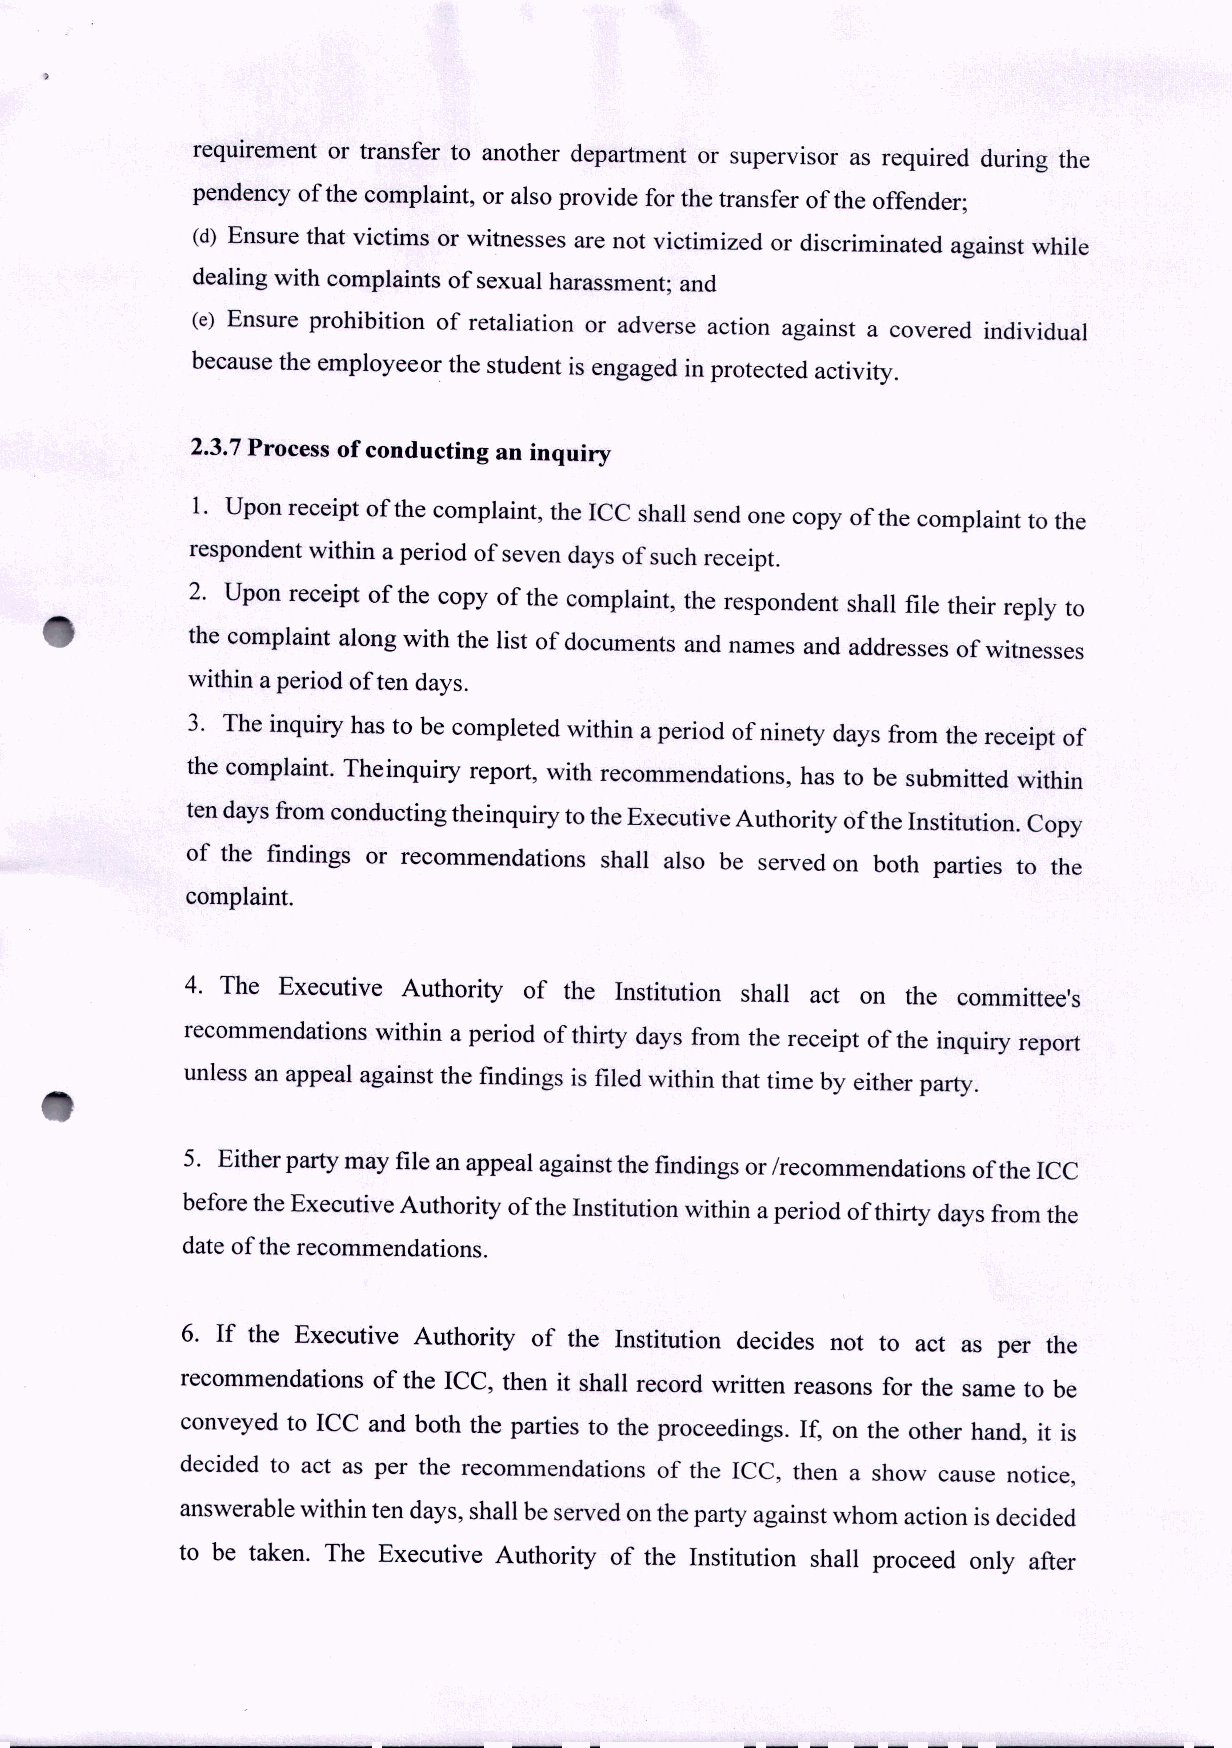
requirement or transfer to another department or supervisor as required during the
 pendency of the complaint, or also provide for the transfer of the offender;
 (d) Ensure that victims or witnesses are not victimized or discriminated against while
 dealing with complaints of sexual harassment; and
 (e) Ensure prohibition of retaliation or adverse action against a covered individual
 because the employeeor the student is engaged in protected activity.
 2.3.7 Process of conducting an inquiry
 1. Upon receipt of the complaint, the ICC shall send one copy of the complaint to the
 respondent within aperiod of seven days of such receipt.
 2. Upon receipt of the copy of the complaint, the respondent shall file their reply to
 the complaint along with the list of documents and names and addresses of witnesses
 within aperiod often days.
 3. The inquiry has to be completed within aperiod of ninety days from the receipt of
 the complaint. Theinquiry report, with recommendations, has to be submitted within
 tendays from conducting theinquiry tothe Executive Authority ofthe Institution. Copy
 of the findings or recommendations shall also be served on both parties to the
 complaint.
 4. The Executive Authority of the Institution shall act on the committee's
 recommendations within a period of thirty days from the receipt of the inquiry report
 unless an appeal against the findings is filed within that time by either party.
 5. Either party may file an appeal against the findings orIrecommendations ofthe ICC
 before the Executive Authority ofthe Institution within aperiod ofthirty days from the
 date ofthe recommendations.
 6. If the Executive Authority of the Institution decides not to act as per the
 recommendations of the ICC, then it shall record written reasons for the same to be
 conveyed to ICC and both the parties to the proceedings. If, on the other hand, it is
 decided to act as per the recommendations of the ICC, then a show cause notice,
 answerable within ten days, shall be served onthe party against whom action isdecided
 to be taken. The Executive Authority of the Institution shall proceed only after
 _ ~ 0...;......: I......: -'- _